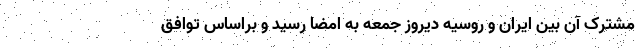
مشترک آن بین ایران و روسیه دیروز جمعه به امضا رسید و براساس توافق